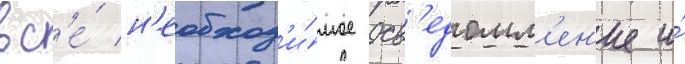
вс'е́ н'еобход'и́мое осв'едомл'ен'ие и́